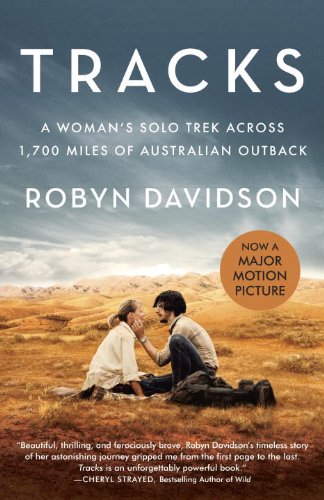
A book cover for Tracks (Movie Tie-in Edition): A Woman's Solo Trek Across 1700 Miles of Australian Outback (Vintage Departures); Robyn Davidson; Biographies & Memoirs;